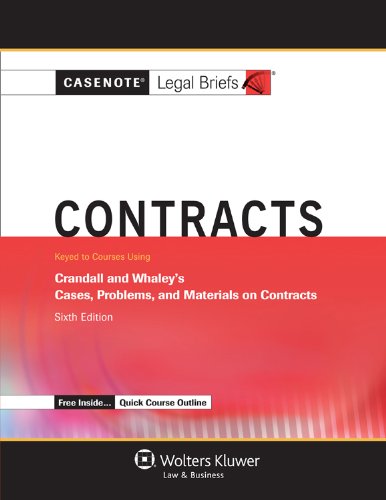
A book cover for Casenotes Legal Briefs: Contracts Keyed to Crandall & Whaley, Sixth Edition (Casenote Legal Briefs); Casenotes Legal Briefs; Law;